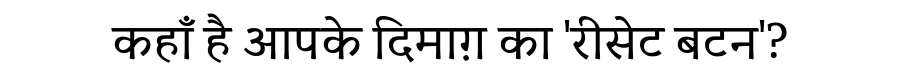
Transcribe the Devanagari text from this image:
कहाँ है आपके दिमाग़ का 'रीसेट बटन'?